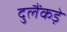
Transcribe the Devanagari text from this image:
दुलैंकड़े